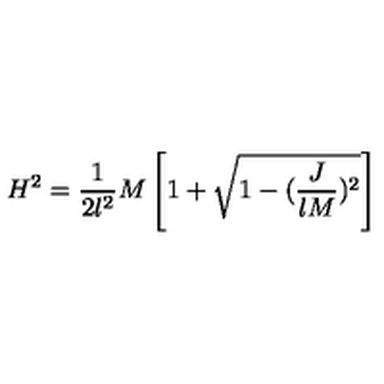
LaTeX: H ^ { 2 } = \frac { 1 } { 2 l ^ { 2 } } M \left[ 1 + \sqrt { 1 - ( \frac { J } { l M } ) ^ { 2 } } \right] \nonumber